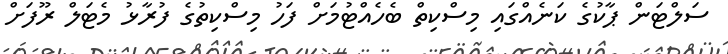
ސަލްޓަން ޕާކުގެ ކަނެއްގައި މިސްކިތް ބެހެއްޓުމަށް ފަހު މިސްކިތުގެ ފުރާޅު މެޓަލް ރޫފަށް